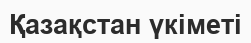
Қазақстан үкіметі